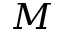
M